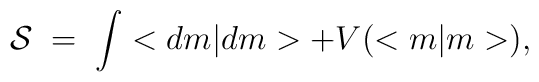
{\cal S} \; = \; \int < d m | d m > + V(<m|m>),